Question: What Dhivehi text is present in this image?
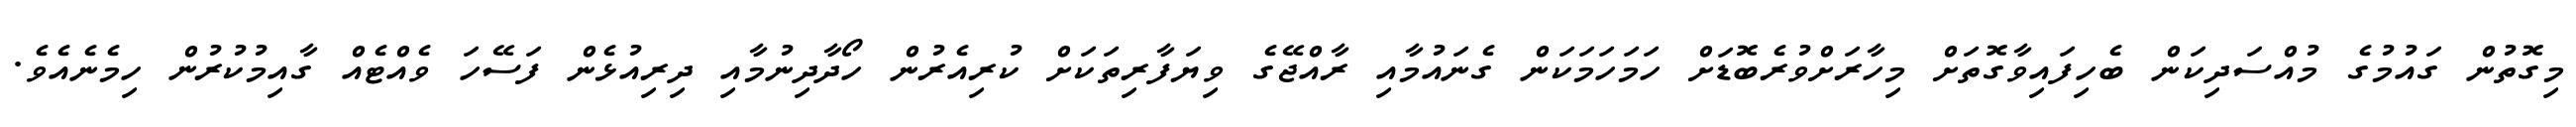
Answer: މިގޮތުން ގައުމުގެ މުއްސަދިކަން ބެހިފައިވާގޮތަށް މިހާރަށްވުރެބޮޑަށް ހަމަހަމަކަން ގެނައުމާއި ރާއްޖޭގެ ވިޔަފާރިތަކަށް ކުރިއެރުން ހޯދާދިނުމާއި ދިރިއުޅެން ފަސޭހަ ވެއްޓެއް ގާއިމުކުރުން ހިމެނެއެވެ.